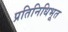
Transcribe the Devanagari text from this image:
प्रतिनिधिभूत